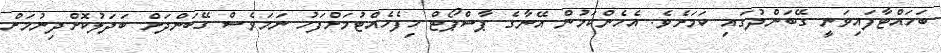
ބަހައްޓާފައިވަނީ ގޭބަންދުގައި ކަމަށެވެ. އެހެންކަމުން އޭނާގެ ޕާސްޕޯޓް ހިފެހެއްޓުމަށްފަހު ނަމަވެސް ގޭބަންދަށް ބަދަލުކޮށްދިނުމަށް